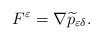
LaTeX: \begin{align*}F^{\varepsilon}=\nabla\widetilde{p}_{\varepsilon\delta}.\end{align*}